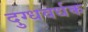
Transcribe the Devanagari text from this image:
दुग्धवर्धक